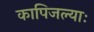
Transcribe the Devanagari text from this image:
कापिजल्याः